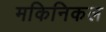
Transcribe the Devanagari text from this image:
मकिनिकल